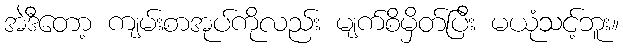
အဲဒီတော့ ကျမ်းစာအုပ်ကိုလည်း မျက်စိမှိတ်ပြီး မယုံသင့်ဘူး။